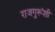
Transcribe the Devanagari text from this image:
राजगुरूंशी